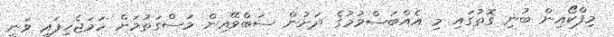
މިފްކޯއިން ބުނި ގޮތުގައި މި އެއްބަސްވުމުގެ ދަށުން ސަބްވޭއިން މަސްގަތުމަށް ހަމަޖެހިފައި ވަނީ